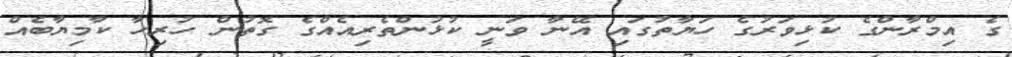
ގެ އިމްރާންގެ ކުޅިވަރުގެ ހަޔާތުގައި އޭނާ ވަނީ ކުޅުންތެރިއެއްގެ ގޮތުން ހުރިހާ ކާމިޔާބެއް